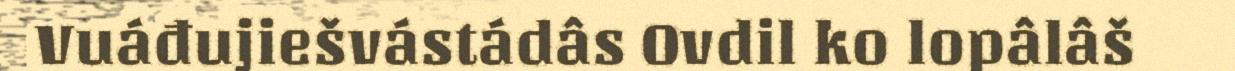
Vuáđujiešvástádâs Ovdil ko lopâlâš